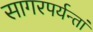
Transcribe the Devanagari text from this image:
सागरपर्यन्तां